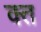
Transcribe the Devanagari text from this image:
क्‍त